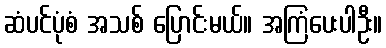
ဆံပင်ပုံစံ အသစ် ပြောင်းမယ်။ အကြံပေးပါဦး။